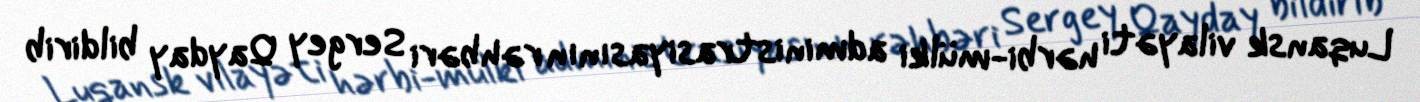
Luqansk vilayəti hərbi-mülki administrasiyasının rəhbəri Sergey Qayday bildirib